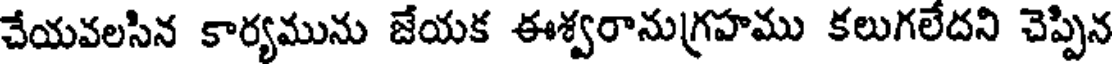
చేయవలసిన కార్యమును జేయక ఈశ్వరానుగ్రహము కలుగలేదని చెప్పిన